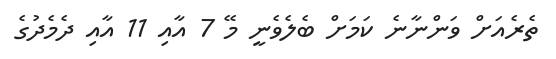
ތެރެއަށް ވަންނާނެ ކަމަށް ބެލެވެނީ މޭ 7 އާއި 11 އާއި ދެމެދުގެ